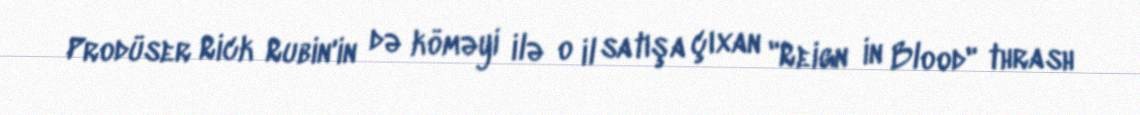
Prodüser Rick Rubin'in də köməyi ilə o il satışa çıxan "Reign in Blood" thrash